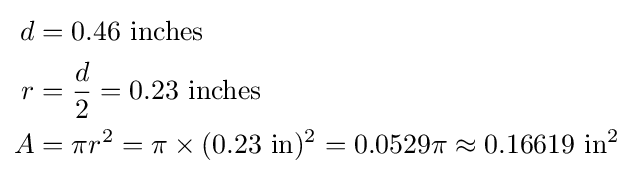
{\begin{aligned}d&={\rm {0.46~inches}}\\r&={d \over 2}={\rm {0.23~inches}}\\A&=\pi r^{2}={\rm {\pi \times (0.23~in)^{2}=0.0529\pi \approx 0.16619~in^{2}}}\end{aligned}}